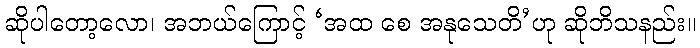
ဆိုပါတော့လော၊ အဘယ်ကြောင့် ‘အထ စေ အနုသေတိ’ဟု ဆိုဘိသနည်း။